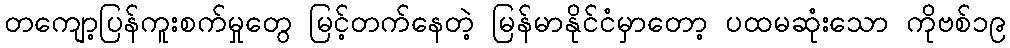
တကျော့ပြန်ကူးစက်မှုတွေ မြင့်တက်နေတဲ့ မြန်မာနိုင်ငံမှာတော့ ပထမဆုံးသော ကိုဗစ်၁၉